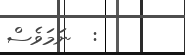
:  ނަމަވެސް